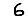
Digit: 6